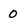
Character: 0